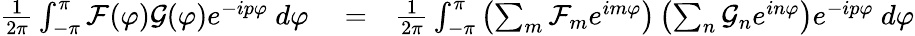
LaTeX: \begin{array}{rlr}{\frac{1}{2\pi}\int_{-\pi}^{\pi}\mathcal{F}(\varphi)\mathcal{G}(\varphi)e^{-ip\varphi}\ d\varphi}&{{}=}&{\frac{1}{2\pi}\int_{-\pi}^{\pi}\left(\sum_{m}\mathcal{F}_{m}e^{im\varphi}\right)\left(\sum_{n}\mathcal{G}_{n}e^{in\varphi}\right)e^{-ip\varphi}\ d\varphi}\end{array}